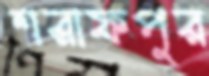
শরাফপুর